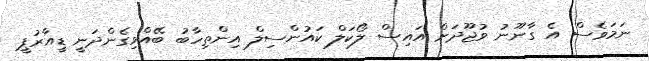
ނަމަވެސް އެ ގާނޫނު ވުޖޫދަށް އައިސް ލޯކަލް ކައުންސިލް އިންތިހާބު ބޭއްވިގެންދަނީ ޑީއާރުޕީ